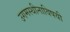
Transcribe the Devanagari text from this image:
उगमस्थीनाविषयी